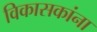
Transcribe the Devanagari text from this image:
विकासकांना